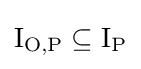
\mathrm {I} _{\mathrm {O} ,\mathrm {P} }\subseteq \mathrm {I} _{\mathrm {P} }